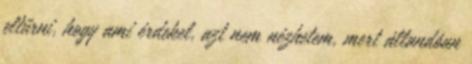
eltűrni, hogy ami érdekel, azt nem nézhetem, mert állandóan